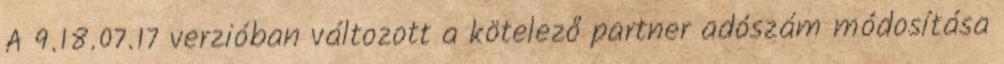
A 9.18.07.17 verzióban változott a kötelező partner adószám módosítása